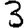
Digit: 3